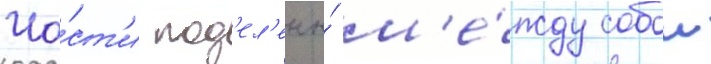
Ча́ст'и под'ел'ены́ м'е́жду собои